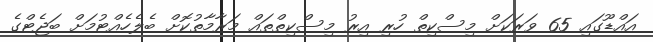
އައްޑޫގައި 65 ވަރަކަށް މިސްކިތް ހުރި އިރު މިސްކިތްތައް މަރާމާތުކޮށް ބެލެހެއްޓުމަށް ބަޖެޓްގެ